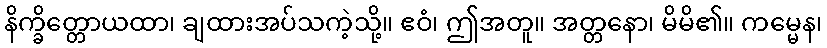
နိက္ခိတ္တောယထာ၊ ချထားအပ်သကဲ့သို့။ ဧဝံ၊ ဤအတူ။ အတ္တနော၊ မိမိ၏။ ကမ္မေန၊